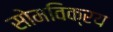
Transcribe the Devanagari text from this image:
सोमविक्रय